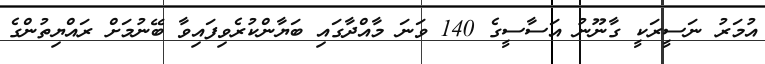
އުމަރު ނަސީރަކީ ގާނޫނު އަސާސީގެ 140 ވަނަ މާއްދާގައި ބަޔާންކުރެވިފައިވާ ބޭނުމަށް ރައްޔިތުންގެ